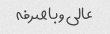
عالی و باصرفه